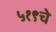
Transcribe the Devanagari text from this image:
५१९चे